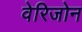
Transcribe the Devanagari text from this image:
वेरिजोन